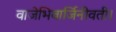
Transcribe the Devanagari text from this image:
वाजेभिवार्जिनीवती।